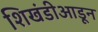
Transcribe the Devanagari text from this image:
शिखंडीआडून